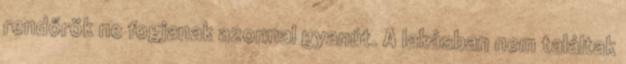
rendőrök ne fogjanak azonnal gyanút. A lakásban nem találtak